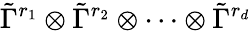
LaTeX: \tilde{\Gamma}^{r_{1}}\otimes\tilde{\Gamma}^{r_{2}}\otimes\cdots\otimes\tilde{\Gamma}^{r_{d}}